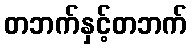
တဘက်နှင့်တဘက်